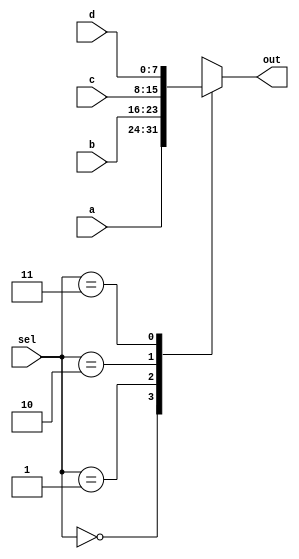
module pencoder(a, b, c, d, sel, out);
	input[7:0] a, b, c, d;
	input[1:0] sel;
	output reg[7:0] out;
	
	always @ (a or b or c or d or sel) begin
		case(sel)
			2'b00: out <= a;
			2'b01: out <= b;
			2'b10: out <= c;
			2'b11: out <= d;
		endcase
	end

endmodule